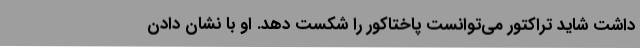
داشت شاید تراکتور می‌توانست پاختاکور را شکست دهد. او با نشان دادن